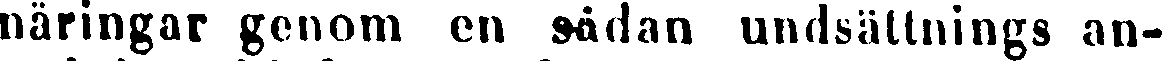
näringar genom en sådan undsättnings an-